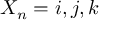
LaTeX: X _ { n } = i , j , k